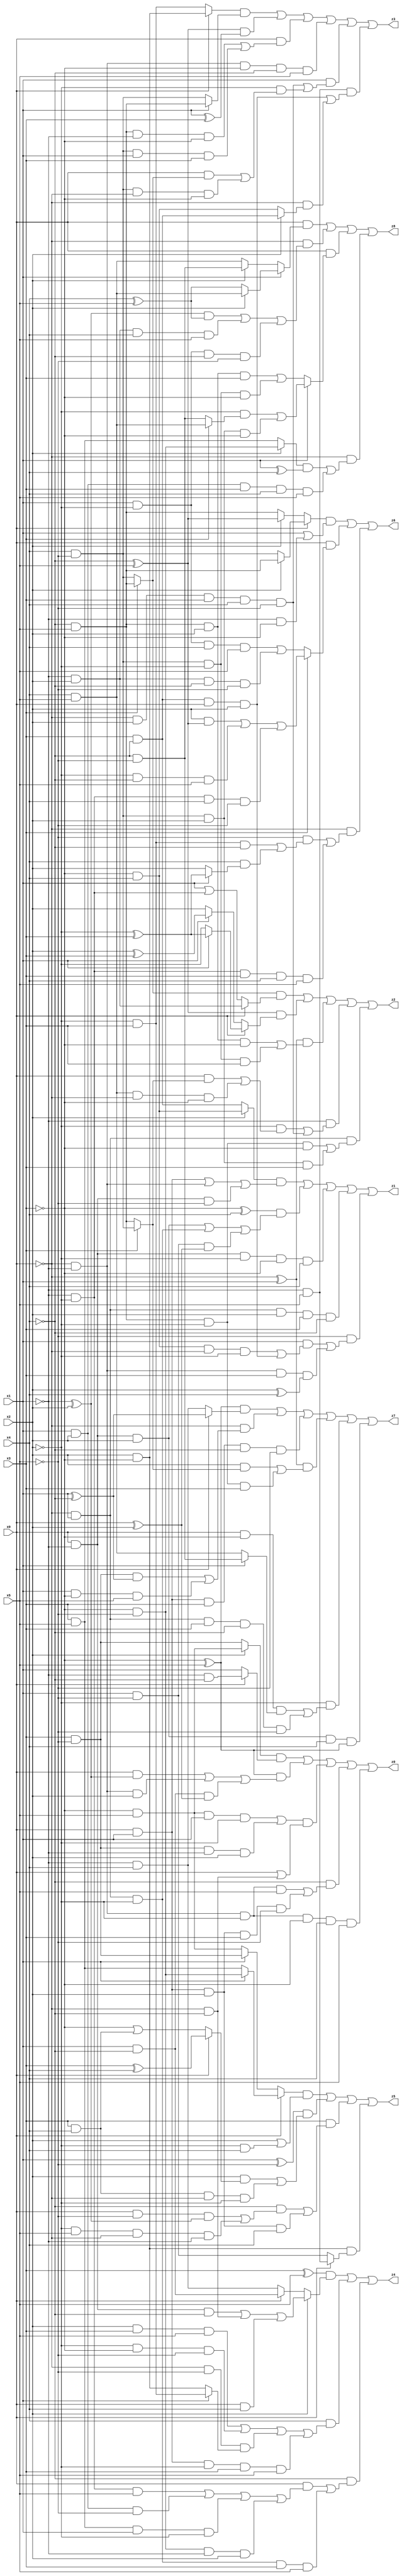
// Benchmark "X_14" written by ABC on Mon Jun 05 23:00:00 2023

module X_14 ( 
    x0, x1, x2, x3, x4, x5,
    z0, z1, z2, z3, z4, z5, z6, z7, z8  );
  input  x0, x1, x2, x3, x4, x5;
  output z0, z1, z2, z3, z4, z5, z6, z7, z8;
  assign z0 = ((x2 ? (~x3 & x5) : (x3 & ~x5)) & (x0 ? (~x1 & ~x4) : x1)) | ((~x3 ^ x5) & ((x0 & (~x1 ^ x2)) | (~x0 & ~x1 & x2) | (x1 & ~x4 & (x0 ^ x2)))) | (((~x3 & x5 & x1 & ~x2) | (x3 & ~x5 & ~x1 & x2)) & (x0 | (~x0 & ~x4))) | (~x4 & ((~x0 & ~x1 & ~x2 & x5) | (x0 & x1 & x2 & x3 & ~x5))) | (~x0 & ~x1 & ~x2 & ~x3 & x4 & x5);
  assign z1 = ((x2 ? (~x3 & x4) : (x3 & ~x4)) & ((x0 & x1) | (~x0 & ~x1) | (x0 & ~x1 & ~x5))) | ((~x3 ^ x4) & ((x0 & ~x1 & x2) | (~x0 & x1 & ~x2) | (x1 & ~x5 & (x0 ^ x2)))) | (x0 & ~x1 & ~x2 & ~x3 & x4) | (~x0 & x1 & x2 & x3 & ~x4) | (~x5 & ((x1 & ((~x3 & x4 & ~x0 & ~x2) | (x3 & ~x4 & x0 & x2))) | (~x0 & ~x1 & x3 & (x2 ^ x4))));
  assign z2 = ((x3 ? (~x4 & x5) : (x4 & ~x5)) & (x0 ? (~x1 & x2) : (x1 | (~x1 & ~x2)))) | ((~x4 ^ x5) & (x0 ? (x1 ? (~x2 ^ x3) : ~x2) : (x1 ? (x2 ^ x3) : x2))) | ((~x0 ^ x1) & ((~x4 & x5 & x2 & ~x3) | (x4 & ~x5 & ~x2 & x3))) | (~x1 & ((~x2 & ((x0 & (x3 ? (x4 & ~x5) : (~x4 & x5))) | (x4 & x5 & ~x0 & ~x3))) | (~x0 & x2 & x3 & x4 & ~x5))) | (~x0 & x1 & ((~x4 & x5 & ~x2 & ~x3) | (x4 & ~x5 & x2 & x3)));
  assign z3 = ((x0 ? (x2 & ~x3) : (~x2 & x3)) & (x1 ? (~x4 & x5) : (x4 & ~x5))) | ((~x4 ^ x5) & (x1 ^ x3)) | (x0 & ((~x4 & x5 & ~x1 & ~x3) | (x4 & ~x5 & x1 & x3))) | (~x0 & ~x1 & ~x3 & ~x4 & x5) | (x1 & ((~x0 & x2 & x3 & x4 & ~x5) | (~x2 & ((x0 & (x3 ? (~x4 & x5) : (x4 & ~x5))) | (x4 & ~x5 & ~x0 & ~x3))))) | (~x1 & x5 & ((x3 & ~x4 & x0 & x2) | (~x0 & (x2 ? (x3 & ~x4) : (~x3 & x4)))));
  assign z4 = ((x3 ^ x5) & (x2 ? ((x0 & ~x1 & ~x4) | (~x0 & ~x4) | (x0 & x4)) : (x0 ? (x1 & ~x4) : (~x1 & x4)))) | (x4 & ((x2 & x3 & x5) | (~x2 & ~x3 & ~x5) | (~x0 & ~x5 & (x1 ? (~x2 & x3) : (x2 & ~x3))) | (x0 & x1 & ~x2 & x3 & x5))) | (~x4 & ((x0 & ((~x1 & ~x2 & x5) | (x1 & x2 & ~x5) | (x3 & x5 & x1 & ~x2) | (~x3 & ~x5 & ~x1 & x2))) | (~x0 & x1 & ~x2 & x3 & x5)));
  assign z5 = ((x0 ? (x1 ? (~x3 & ~x5) : (x3 & x5)) : (x1 ? (x3 & ~x5) : (~x3 & x5))) & (x2 | (~x2 & x4))) | ((x1 ^ ~x5) & ((x2 & (x0 ? (x3 ^ x4) : (~x3 | (x3 & x4)))) | (x3 & x4 & ~x0 & ~x2))) | (x3 & ((~x4 & ((x0 & ~x5 & (~x1 ^ x2)) | (~x2 & x5 & ~x0 & ~x1))) | (x0 & x1 & x2 & x4))) | (x2 & ~x3 & (x0 ? (~x1 & x5) : (x1 & ~x5)));
  assign z6 = ((x0 ? (x2 ? (~x4 & x5) : (x4 & ~x5)) : (x2 ? (~x4 ^ x5) : (~x4 & x5))) & (x1 | (~x1 & ~x3))) | (x0 & (x3 ? ((x2 & (~x4 ^ x5)) | (~x2 & ~x4 & x5) | (~x1 & ~x2 & x4 & ~x5)) : ((x1 & ~x2 & x4 & x5) | (~x1 & x2 & ~x4 & ~x5)))) | (~x0 & ((~x5 & ((~x2 & x3 & ~x4) | (x4 & (x1 ? (~x2 ^ x3) : x2)))) | (~x1 & ~x2 & x3 & x4 & x5)));
  assign z7 = ((~x3 ^ x5) & (x0 ? (x1 ^ ~x4) : (~x1 & x4))) | (~x0 & ((x3 & ~x5 & (x1 ^ ~x4)) | (x1 & ~x3 & x5))) | (x0 & x1 & x3 & ~x4 & ~x5) | ((~x0 ^ x1) & ((x2 & (x3 ? (x4 & ~x5) : (~x4 & x5))) | (~x4 & x5 & ~x2 & x3))) | (~x2 & ((x0 & ~x3 & (x1 ? (~x4 & ~x5) : (x4 & x5))) | (~x0 & x1 & x3 & ~x4 & ~x5))) | (x0 & ~x1 & x2 & x4 & (~x3 ^ x5));
  assign z8 = (x0 & (x1 ? (x2 ? (x4 & x5) : (x4 ^ x5)) : (x2 ? (~x4 & ~x5) : (x4 & x5)))) | (~x0 & (((~x1 ^ x2) & (x4 ^ x5)) | (~x1 & x2 & x4 & x5) | (x1 & ~x2 & ~x4 & ~x5))) | (x0 & (x1 ? ((~x2 & (x3 ? (x4 & x5) : (~x4 & ~x5))) | (x4 & ~x5 & x2 & ~x3)) : ((~x4 & x5 & x2 & x3) | (x4 & ~x5 & ~x2 & ~x3)))) | (~x0 & (((x2 ? (~x3 & ~x5) : (x3 & x5)) & (x1 ^ x4)) | (x1 & x2 & x3 & x4 & x5)));
endmodule